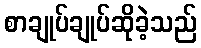
စာချုပ်ချုပ်ဆိုခဲ့သည်